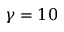
\gamma = 1 0